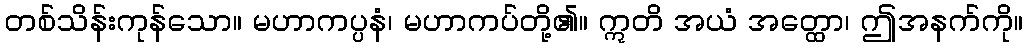
တစ်သိန်းကုန်သော။ မဟာကပ္ပနံ၊ မဟာကပ်တို့၏။ ဣတိ အယံ အတ္ထော၊ ဤအနက်ကို။